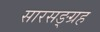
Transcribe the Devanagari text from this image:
सारसङ्ग्रह